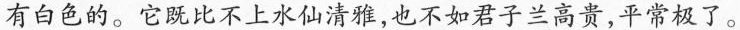
有白色的。它既比不上水仙清雅，也不如君子兰高贵，平常极了。